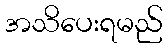
အသိပေးရမည်